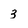
Character: 3